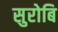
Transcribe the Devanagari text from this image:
सुरोबि